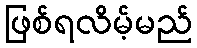
ဖြစ်ရလိမ့်မည်